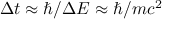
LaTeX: \Delta t \approx \hbar / \Delta E \approx \hbar / m c ^ { 2 }